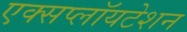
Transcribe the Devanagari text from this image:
एक्सप्लॉयटेशन